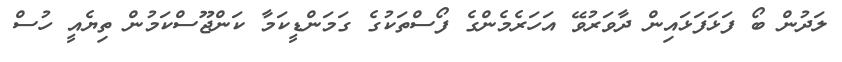
ލަދުން ބޯ ފަޅަފަޅައިން ދާވަރުވޭ އަހަރެމެންގެ ފޯސްތަކުގެ ގަމަންޑީކަމާ ކަންޖޫސްކަމުން ތިޔެއީ ހުސް